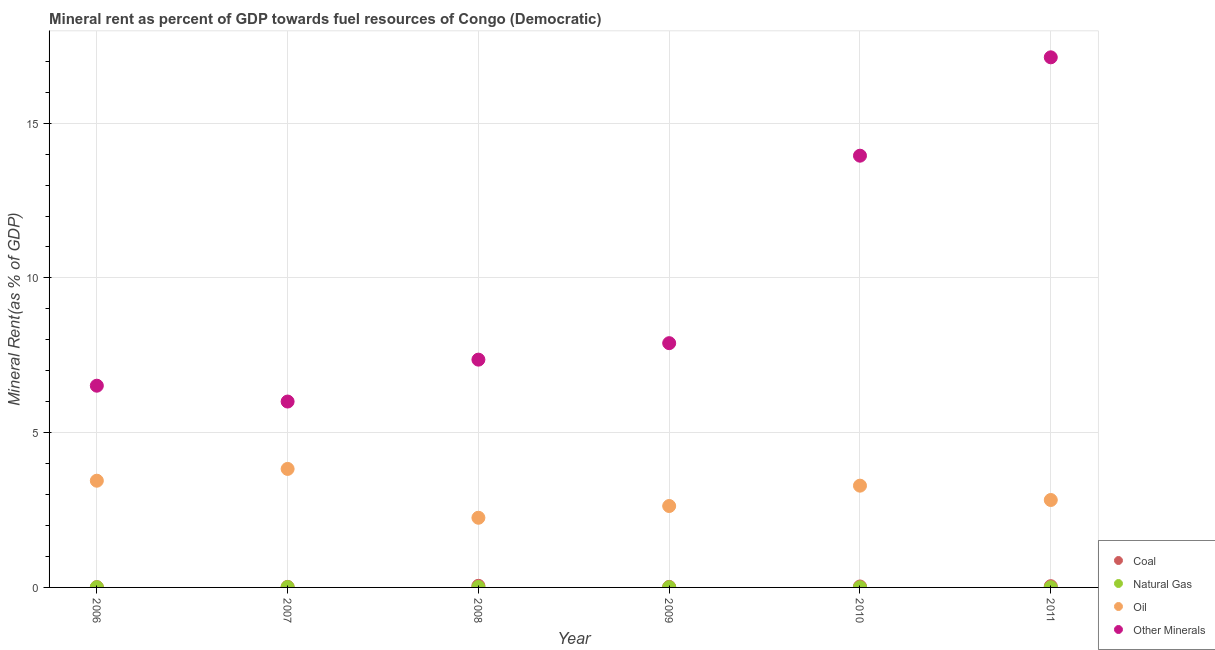
| Year | Coal | Natural Gas | Oil | Other Minerals |
 | --- | --- | --- | --- | --- |
 | 2006 | 0.01 | 0.00672 | 3.45 | 6.52 |
 | 2007 | 0.0173 | 0.0121 | 3.83 | 6.01 |
 | 2008 | 0.0521 | 0.0152 | 2.25 | 7.36 |
 | 2009 | 0.0171 | 0.00736 | 2.63 | 7.89 |
 | 2010 | 0.0306 | 0.00616 | 3.29 | 13.9 |
 | 2011 | 0.0403 | 0.00587 | 2.82 | 17.1 |